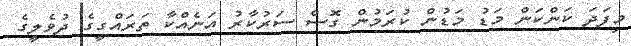
މިފަދަ ކަންކަން މަޑު މަޑުން ކުރަމުން ގޮސް ސަރުކާރު އަނެއްކާ ތަރައްގީގެ ދުވެލީގެ